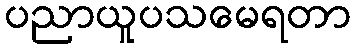
ပညာယူပသမေရတာ